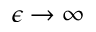
\epsilon \rightarrow \infty